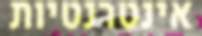
אינטרנטיות